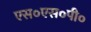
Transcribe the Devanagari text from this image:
एस०एस०पी०